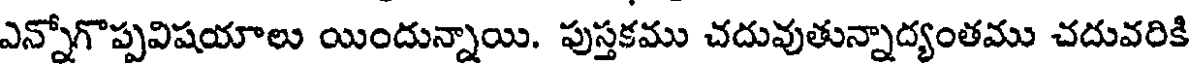
ఎన్నోగొప్పవిషయాలు యిందున్నాయి. పుస్తకము చదువుతున్నాద్యంతము చదువరికి